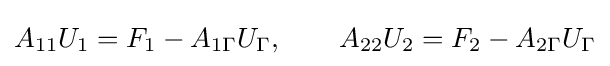
A_{11}U_{1}=F_{1}-A_{1\Gamma }U_{\Gamma },\qquad A_{22}U_{2}=F_{2}-A_{2\Gamma }U_{\Gamma }